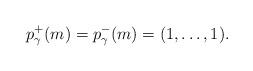
LaTeX: \begin{align*}p^+_{\gamma}(m)=p^-_{\gamma}(m)=(1,\ldots,1).\end{align*}